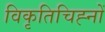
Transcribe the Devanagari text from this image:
विकृतिचिह्नों